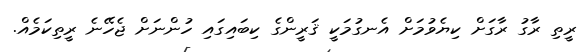
ރީތި ރާގު ރާގަށް ކިޔެވުމަށް އެނގުމަކީ ޤަރީންގެ ކިބައިގައި ހުންނަށް ޖެހޭނެ ރީތިކަމެއް.